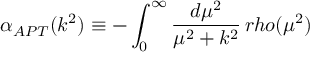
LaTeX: \alpha _ { A P T } ( k ^ { 2 } ) \equiv - \int _ { 0 } ^ { \infty } { \frac { d \mu ^ { 2 } } { \mu ^ { 2 } + k ^ { 2 } } } \, r h o ( \mu ^ { 2 } )